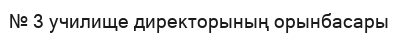
№ 3 училище директорының орынбасары